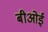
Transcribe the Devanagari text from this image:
बीओई